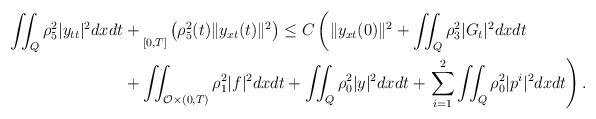
LaTeX: \begin{align*}\iint_Q {\rho}_5^2 |y_{tt}|^2 dxdt &+ \underset{[0,T]}{}\left({\rho}_5^2(t) \|y_{xt}(t)\|^2 \right) \leq C \left( \|y_{xt}(0)\|^2 + \iint_Q {\rho}_3^2 |G_{t}|^2 dxdt \right.\\&+ \iint_{\mathcal{O}\times (0,T)} {\rho}_1^2 |f|^2 dxdt + \iint_Q {\rho}_0^2 |y|^2 dxdt +\left. \sum_{i=1}^2 \iint_Q {\rho}_0^2 |p^i|^2 dxdt \right).\end{align*}